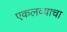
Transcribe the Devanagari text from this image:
एकलव्याचा